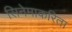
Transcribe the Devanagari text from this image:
सिनेमाकरिता